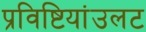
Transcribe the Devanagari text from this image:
प्रविष्टियांउलट